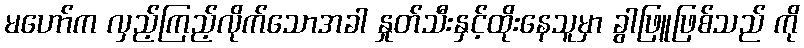
မဟော်က လှည့်ကြည့်လိုက်သောအခါ နှုတ်သီးနှင့်ထိုးနေသူမှာ ခွါဖြူဖြစ်သည် ကို